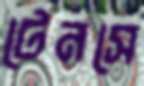
টেনসে